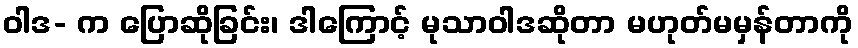
ဝါဒ- က ပြောဆိုခြင်း၊ ဒါကြောင့် မုသာဝါဒဆိုတာ မဟုတ်မမှန်တာကို